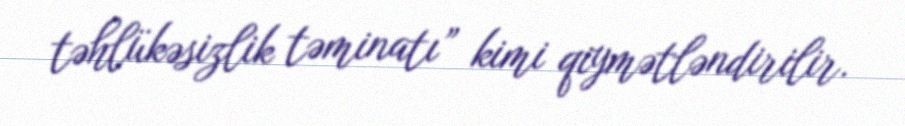
təhlükəsizlik təminatı” kimi qiymətləndirilir.